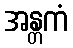
အန္တကံ